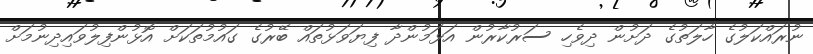
ނުރައްކަލުގެ ހާލަތުގެ ދަށުން ދިވެހި ސަރުކާރުން އަޅަމުންދާ ފިޔަވަޅުތައް ބޭރުގެ ގައުމުތަކަށް އޮޅުންފިލުވައިދިނުމަށް